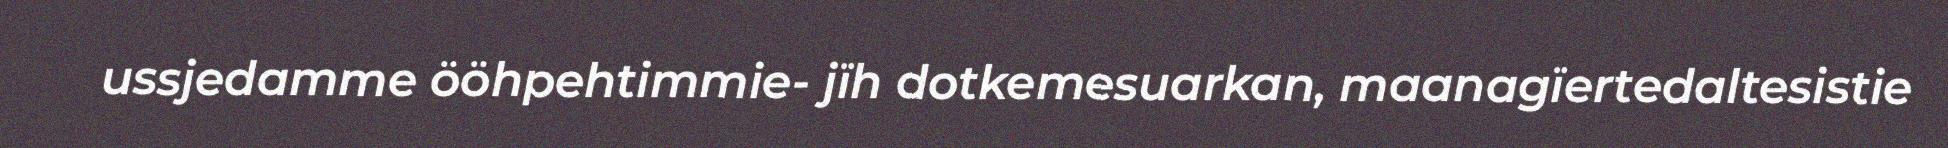
ussjedamme ööhpehtimmie- jïh dotkemesuarkan, maanagïertedaltesistie